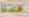
حسنا